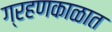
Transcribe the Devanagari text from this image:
ग्रहणकाळात